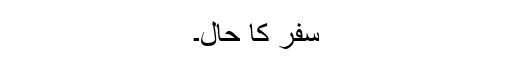
سفر کا حال۔